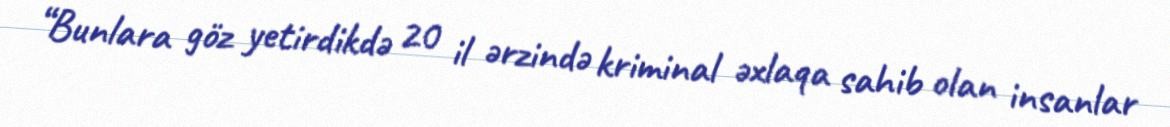
“Bunlara göz yetirdikdə 20 il ərzində kriminal əxlaqa sahib olan insanlar